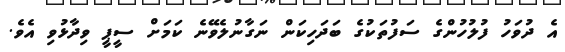
އެ ދުވަހު ފުލުހުންގެ ސަފުތަކުގެ ބަދަހިކަން ނަގާނުލެވޭނެ ކަމަށް ސީޕީ ވިދާޅުވި އެވެ.